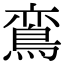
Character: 鵉